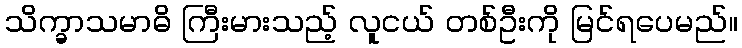
သိက္ခာသမာဓိ ကြီးမားသည့် လူငယ် တစ်ဦးကို မြင်ရပေမည်။